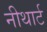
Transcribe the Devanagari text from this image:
नीथार्ट